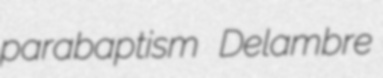
parabaptism Delambre